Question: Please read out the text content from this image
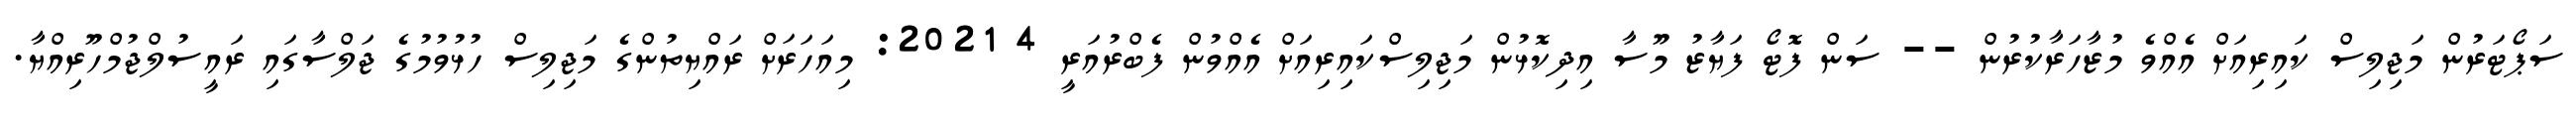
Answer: ސަޕޯޓަރުން މަޖިލިސް ކައިރިއަށް އެއްވެ މުޒާހަރާކުރުން -- ސަން ފޮޓޯ ފަޔާޒު މޫސާ އިދިކޮޅުން މަޖިލިސްކައިރިއަށް އެއްވުން ފެބްރުއަރީ 4 2021: މިއަހަރަށް ރައްޔިތުންގެ މަޖިލިސް ހުޅުވުމުގެ ޖަލްސާގައި ރައީސުލްޖުމްހޫރިއްޔާ.